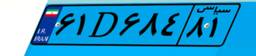
۶۱D۶۸۴۸۱